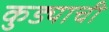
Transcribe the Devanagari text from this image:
कुड्याची